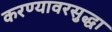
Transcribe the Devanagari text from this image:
करण्यावरसुद्धा